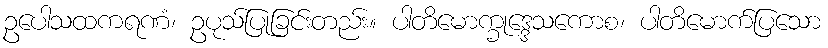
ဥပေါသထကရဏံ၊ ဥပုသ်ပြုခြင်းတည်း။ ပါတိမောက္ခုဒ္ဒေသကောစ၊ ပါတိမောက်ပြသော